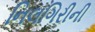
નિલગિરીની